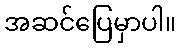
အဆင်ပြေမှာပါ။